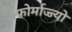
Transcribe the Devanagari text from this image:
फोर्माज्ज्यो